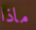
ماذا